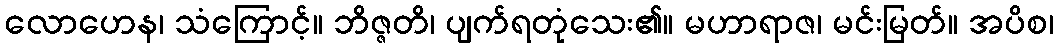
လောဟေန၊ သံကြောင့်။ ဘိဇ္ဇတိ၊ ပျက်ရတုံသေး၏။ မဟာရာဇ၊ မင်းမြတ်။ အပိစ၊